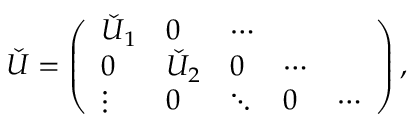
\check { U } = \left( \begin{array} { l l l l l } { \check { U } _ { 1 } } & { 0 } & { \cdots } & { } & { } \\ { 0 } & { \check { U } _ { 2 } } & { 0 } & { \cdots } & { } \\ { \vdots } & { 0 } & { \ddots } & { 0 } & { \cdots } \end{array} \right) ,